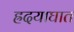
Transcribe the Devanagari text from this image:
ह्रदयाघात